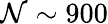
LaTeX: \mathcal{N}\sim900